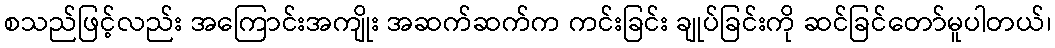
စသည်ဖြင့်လည်း အကြောင်းအကျိုး အဆက်ဆက်က ကင်းခြင်း ချုပ်ခြင်းကို ဆင်ခြင်တော်မူပါတယ်၊